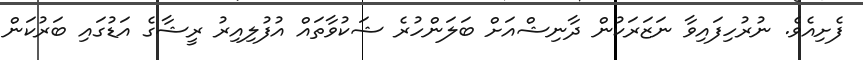
ފެށިއެވެ. ނުރުހިފައިވާ ނަޒަރަކުން ދާނިޝްއަށް ބަލަންހުރެ ޝަކުވާތައް އުފުލިއިރު ރީޝާގެ އަޑުގައި ބަރުކަން